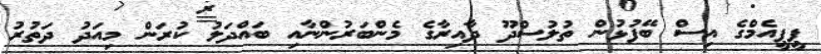
ޕީޕީއެމްގެ އިސް ބޭފުޅުން ތުލުސްދޫ ދާއިރާގެ މެންބަރުންނާއި ބައްދަލު ކުރަން މިއަދު ދަތުރު